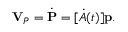
\mathbf { V } _ { P } = { \dot { \mathbf { P } } } = [ { \dot { A } } ( t ) ] \mathbf { p } .